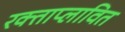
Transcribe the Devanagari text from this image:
रक्ताप्लावित